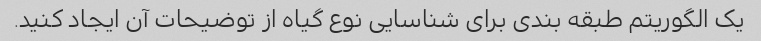
یک الگوریتم طبقه بندی برای شناسایی نوع گیاه از توضیحات آن ایجاد کنید.